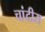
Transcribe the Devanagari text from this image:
चांदीस